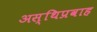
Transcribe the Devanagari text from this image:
अस्थिप्रवाह